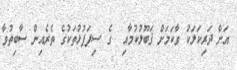
އަށް ދަރިކަލަކު ވާކަމަށް ޤަބޫލުކުމާއި  ގެ ސިފަފުޅުތަކުގެ ތެރެއިން ސާބިތުވާ